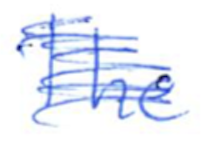
Text: The
Cross-out: scratch
Writing tool: ballpoint